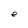
Character: e